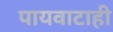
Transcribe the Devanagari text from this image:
पायवाटाही